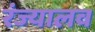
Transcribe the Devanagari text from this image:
रंज्यालव